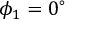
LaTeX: \phi _ { 1 } = 0 ^ { \circ }